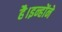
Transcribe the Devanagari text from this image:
है।इन्होंने